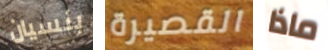
بنسيان القصيرة ماذا